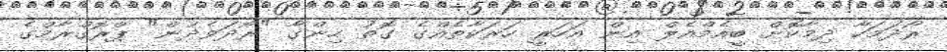
ރޯދަމަހާ ދިމާކޮށް ބީއެމްއެލް އިން އަހަރީ ހަރަކާތެއްގެ ގޮތު ހިންގާ "ރޯދަވެދުން" ޕްރޮގްރާމްގެ